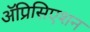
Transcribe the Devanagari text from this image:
ॲप्रिसिएशन